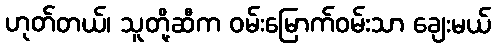
ဟုတ်တယ်၊ သူတို့ဆီက ဝမ်းမြောက်ဝမ်းသာ ချေးမယ်